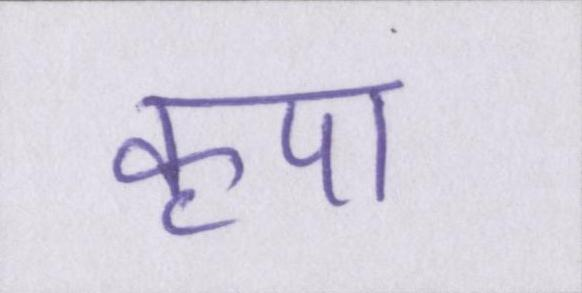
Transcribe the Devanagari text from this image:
कृपा